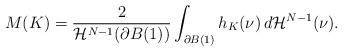
\begin{align*} M(K)=\frac{2}{\mathcal{H}^{N-1}(\partial B(1))}\int_{\partial B(1)} h_K(\nu)\,d\mathcal H^{N-1}(\nu).\end{align*}